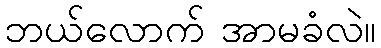
ဘယ်လောက် အာမခံလဲ။